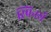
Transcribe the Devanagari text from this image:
स्पिनर्स